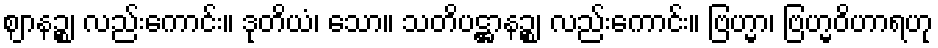
ဈာနဉ္စ၊ လည်းကောင်း။ ဒုတိယံ၊ သော။ သတိပဋ္ဌာနဉ္စ၊ လည်းကောင်း။ ဗြဟ္မာ၊ ဗြဟ္မဝိဟာရဟု